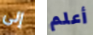
إلى أعلم